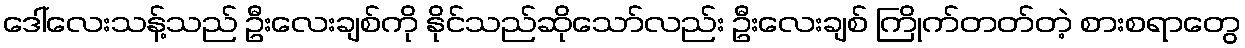
ဒေါ်လေးသန့်သည် ဦးလေးချစ်ကို နိုင်သည်ဆိုသော်လည်း ဦးလေးချစ် ကြိုက်တတ်တဲ့ စားစရာတွေ